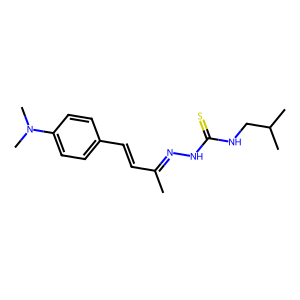
SMILES: CC(C=Cc1ccc(N(C)C)cc1)=NNC(=S)NCC(C)C
Inhibits HIV replication: No